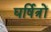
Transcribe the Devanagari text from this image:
घर्षित्रों